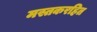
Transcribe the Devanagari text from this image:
मस्तकरहित